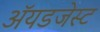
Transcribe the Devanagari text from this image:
ॲयडजेस्ट